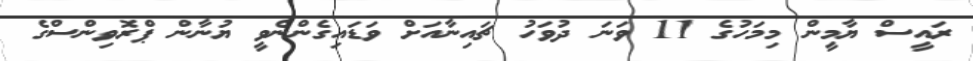
ރައީސް ޔާމީން މިމަހުގެ 11 ވަނަ ދުވަހު ޗައިނާއަށް ވަޑައިގެންނެވީ ޔުނާން ޕްރޮވިންސްގެ